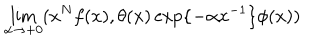
\lim _ { \alpha \rightarrow + 0 } ( x ^ { N } f ( x ) , \theta ( x ) \exp \{ - \alpha x ^ { - 1 } \} \phi ( x ) )